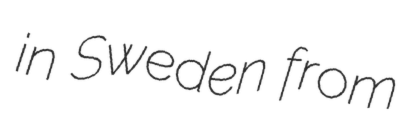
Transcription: in Sweden from